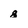
Character: 8